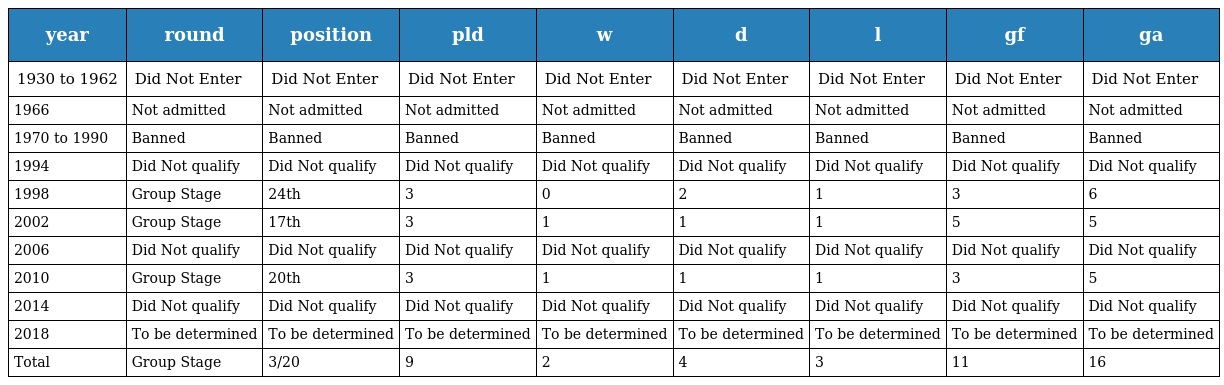
| year | round | position | pld | w | d | l | gf | ga |
 | --- | --- | --- | --- | --- | --- | --- | --- | --- |
 | 1930 to 1962 | Did Not Enter | Did Not Enter | Did Not Enter | Did Not Enter | Did Not Enter | Did Not Enter | Did Not Enter | Did Not Enter |
 | 1966 | Not admitted | Not admitted | Not admitted | Not admitted | Not admitted | Not admitted | Not admitted | Not admitted |
 | 1970 to 1990 | Banned | Banned | Banned | Banned | Banned | Banned | Banned | Banned |
 | 1994 | Did Not qualify | Did Not qualify | Did Not qualify | Did Not qualify | Did Not qualify | Did Not qualify | Did Not qualify | Did Not qualify |
 | 1998 | Group Stage | 24th | 3 | 0 | 2 | 1 | 3 | 6 |
 | 2002 | Group Stage | 17th | 3 | 1 | 1 | 1 | 5 | 5 |
 | 2006 | Did Not qualify | Did Not qualify | Did Not qualify | Did Not qualify | Did Not qualify | Did Not qualify | Did Not qualify | Did Not qualify |
 | 2010 | Group Stage | 20th | 3 | 1 | 1 | 1 | 3 | 5 |
 | 2014 | Did Not qualify | Did Not qualify | Did Not qualify | Did Not qualify | Did Not qualify | Did Not qualify | Did Not qualify | Did Not qualify |
 | 2018 | To be determined | To be determined | To be determined | To be determined | To be determined | To be determined | To be determined | To be determined |
 | Total | Group Stage | 3/20 | 9 | 2 | 4 | 3 | 11 | 16 |